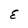
Character: E